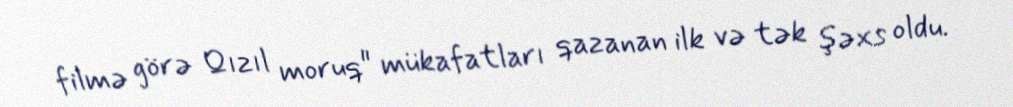
filmə görə Qızıl moruq" mükafatları qazanan ilk və tək şəxs oldu.